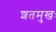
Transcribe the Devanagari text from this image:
शतमुखः